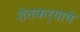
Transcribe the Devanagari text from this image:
शेतकर्‍याचे